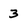
Character: 3